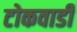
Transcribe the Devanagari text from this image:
टोकवाडी